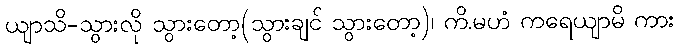
ယျာသိ-သွားလို သွားတော့(သွားချင် သွားတော့)၊ ကိ.မဟံ ကရေယျာမိ ကား